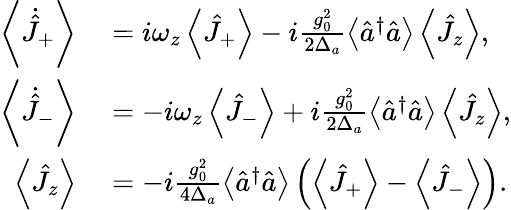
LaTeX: \begin{array}{rl}{\left\langle\dot{\hat{J}}_{+}\right\rangle}&{{}=i\omega_{z}\left\langle\hat{J}_{+}\right\rangle-i\frac{g_{0}^{2}}{2\Delta_{a}}\left\langle\hat{a}^{\dagger}\hat{a}\right\rangle\left\langle\hat{J}_{z}\right\rangle,}\\ {\left\langle\dot{\hat{J}}_{-}\right\rangle}&{{}=-i\omega_{z}\left\langle\hat{J}_{-}\right\rangle+i\frac{g_{0}^{2}}{2\Delta_{a}}\left\langle\hat{a}^{\dagger}\hat{a}\right\rangle\left\langle\hat{J}_{z}\right\rangle,}\\ {\left\langle\hat{J}_{z}\right\rangle}&{{}=-i\frac{g_{0}^{2}}{4\Delta_{a}}\left\langle\hat{a}^{\dagger}\hat{a}\right\rangle\left(\left\langle\hat{J}_{+}\right\rangle-\left\langle\hat{J}_{-}\right\rangle\right).}\end{array}